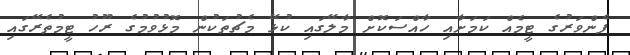
ފެންވަރުގެ ޓީމެއް ކަމަށާއި ހާއްސަކޮށް މާލޭގައި ކުޅޭ މެޗުތަކުން މޮޅުވުމުގެ ރޫހު ޓީމުތެރޭގައި